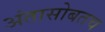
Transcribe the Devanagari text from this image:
अंतासोबतच